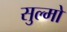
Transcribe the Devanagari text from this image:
सुल्मो